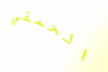
الحمقي